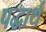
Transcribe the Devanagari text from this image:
पद्धार्थ